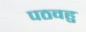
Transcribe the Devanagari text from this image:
पठवहु